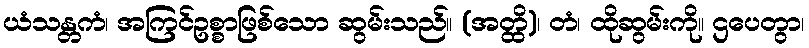
ယံသန္တကံ၊ အကြင်ဥစ္စာဖြစ်သော ဆွမ်းသည်။ (အတ္ထိ)၊ တံ၊ ထိုဆွမ်းကို။ ဌပေတွာ၊